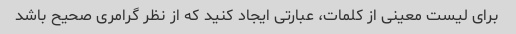
برای لیست معینی از کلمات، عبارتی ایجاد کنید که از نظر گرامری صحیح باشد